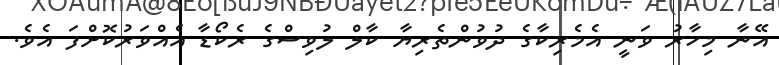
އޭނާ މިހާރު ވަނީ އެމެރިކާގެ ދުވުންތެރިޔާ ކާލް ލުވިސްގެ ރެކޯޑާ އެއްވަރުކޮށްފަ އެވެ.